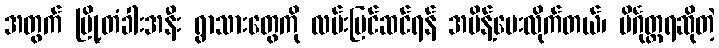
အတွက် မြို့တံခါးအနီး ရွာသားတွေကို လမ်းပြင်ဆင်ရန် အမိန့်ပေးလိုက်တယ်၊ ပိင်္ဂုတ္တရဆိုတဲ့